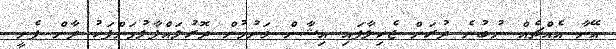
އޭނާ އެއްޗެއް ނުބުނެ ދުރަށް ޖެހިލާފައި އިޝާން ވަނުމުން ދޮރުލައްޕާލުމަށްފަހު ދާން ފެށީ